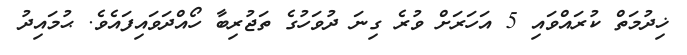
ޚިދުމަތް ކުރައްވައި 5 އަހަރަށް ވުރެ ގިނަ ދުވަހުގެ ތަޖުރިބާ ހޯއްދަވައިފައެވެ. ޙުމައިދު